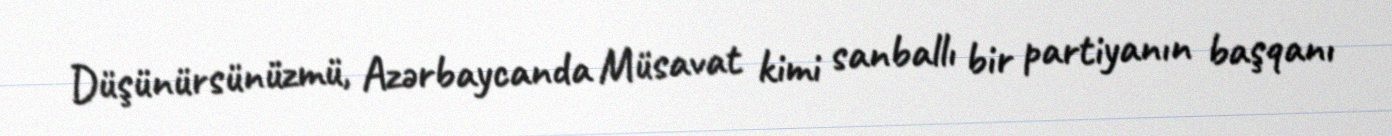
Düşünürsünüzmü, Azərbaycanda Müsavat kimi sanballı bir partiyanın başqanı